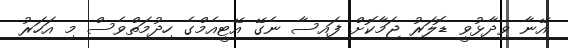
އޭނާ ވިދާޅުވީ ޑޮލަރު ޖަމާކޮށް ފައިސާ ނެގޭ އޭޓީއެމްގެ ހިދުމަތްވެސް މި އަހަރު